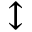
\updownarrow